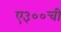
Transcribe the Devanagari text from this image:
ए३००ची